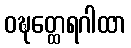
ဝဍ္ဎတ္ထေရဂါထာ